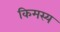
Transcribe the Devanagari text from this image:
किमस्य